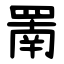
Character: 罱